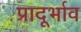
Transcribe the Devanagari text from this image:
प्रादूर्भाव